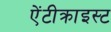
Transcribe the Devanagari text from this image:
ऐंटीक्राइस्ट